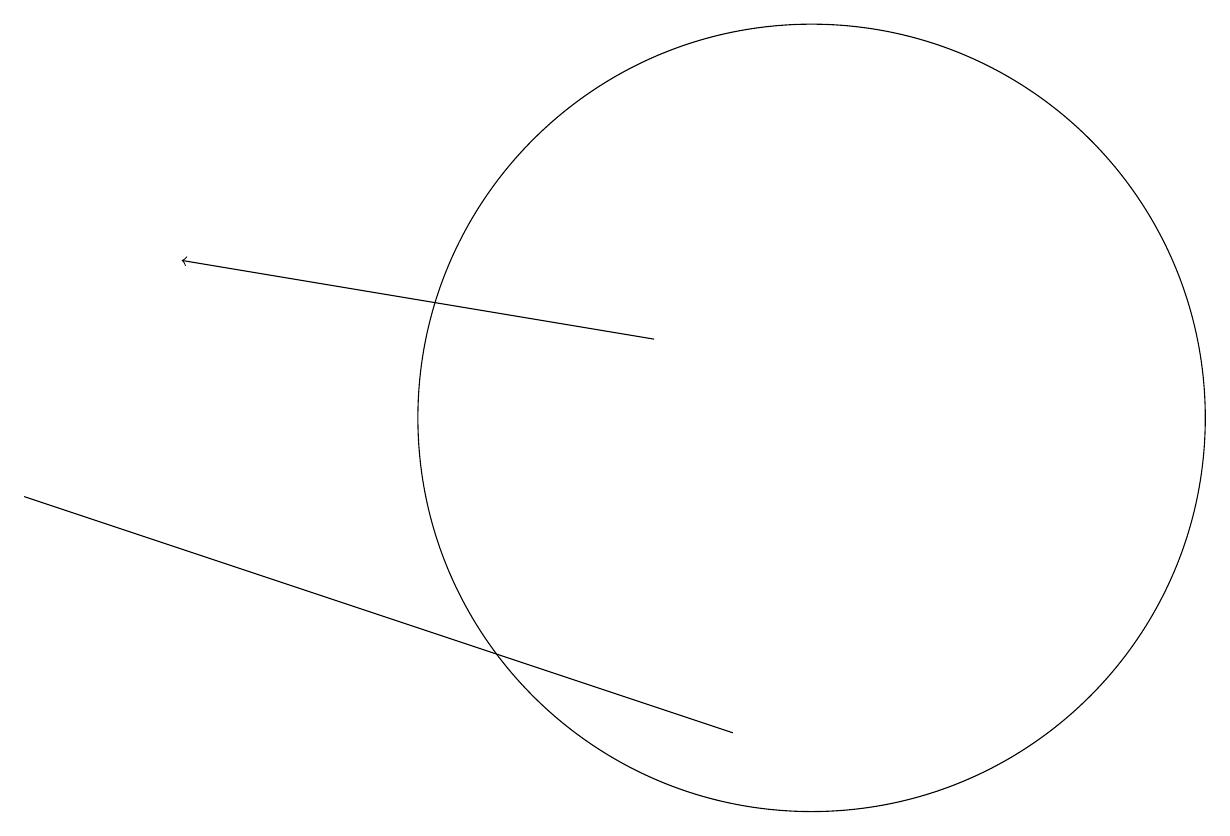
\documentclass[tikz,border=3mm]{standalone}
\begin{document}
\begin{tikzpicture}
\draw[->] (8,11) -- (2,12);
\draw (0,9) -- (3,8) -- (9,6) -- cycle;
\draw (10,10) circle (5);
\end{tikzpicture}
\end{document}